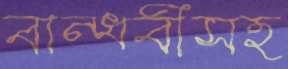
বান্ধবীসহ